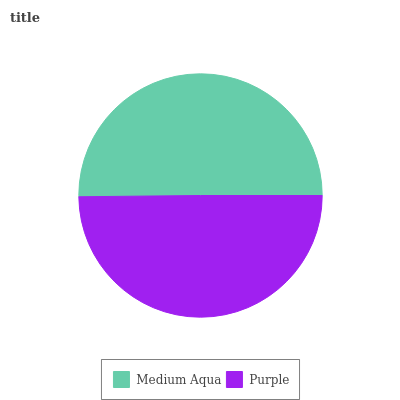
| Medium Aqua | Purple |
 | --- | --- |
 | 50.2% | 49.8% |